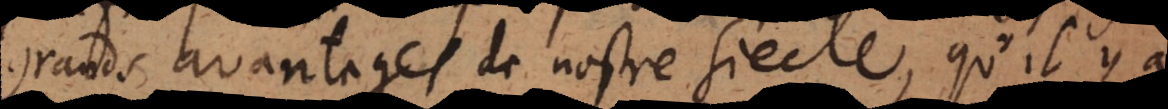
grands avantages de nostre siecle, qu’il y a